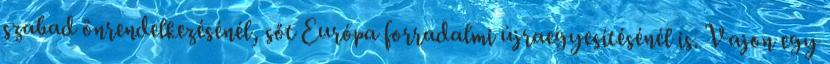
szabad önrendelkezésénél, sőt Európa forradalmi újraegyesítésénél is. Vajon egy